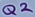
Text: Q2